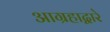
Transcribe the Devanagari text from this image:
आग्रहाद्वारे